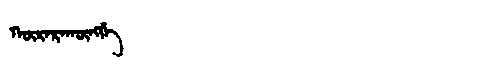
Manchu: ᡴᡡᡵᠠᡵᠠᡴᡡᠩᡤᡝ
Romanization: KŪRARAKŪNGGE